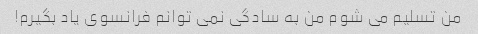
من تسلیم می شوم من به سادگی نمی توانم فرانسوی یاد بگیرم!